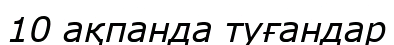
10 ақпанда туғандар